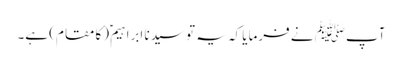
آپﷺ نے فرمایا کہ یہ تو سیدنا ابراہیمؑ (کا مقام) ہے۔